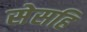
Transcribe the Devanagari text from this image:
सेसहि